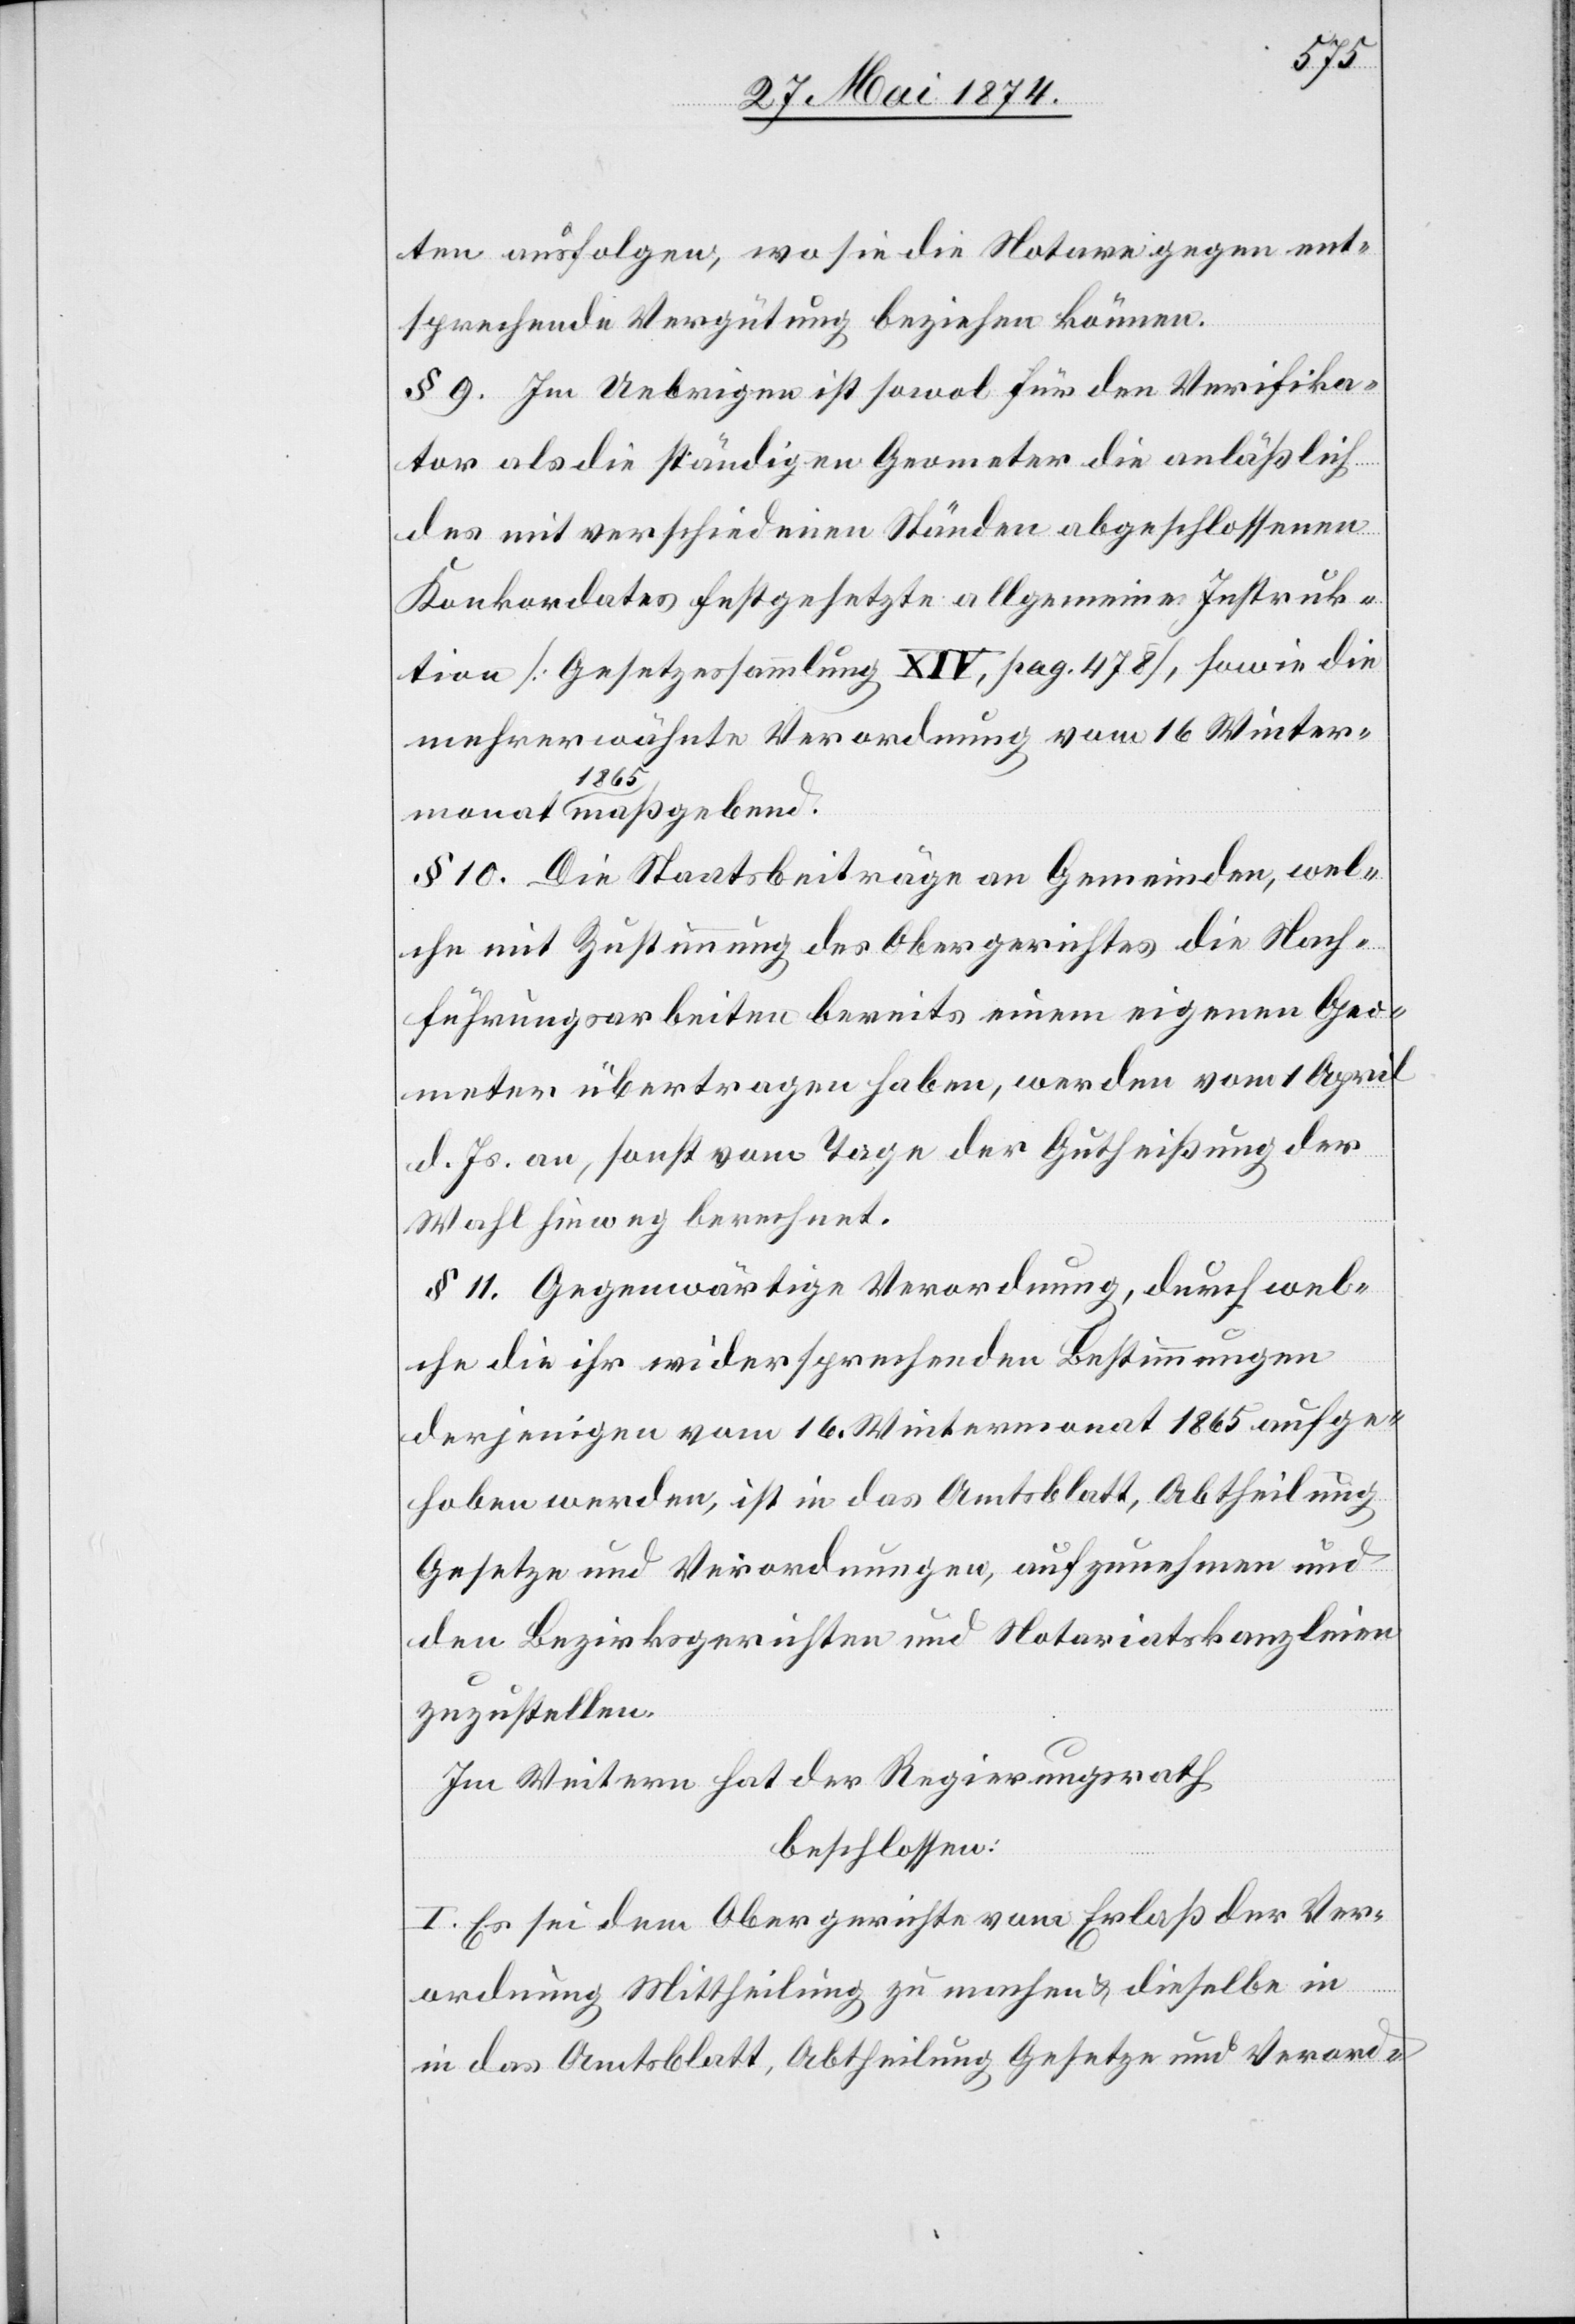
ten ausfolgen, wo sie die Notare gegen ent¬
nd.
sprechende Vergütung beziehen können.
§ 9. Im Uebrigen ist sowol für den Verifika¬
tor als die ständigen Geometer die anläßlich
des mit verschiedenen Ständen abgeschlossenen
Konkordates festgesetzte allgemeine Instruk¬
tion [Gesetzessammlung XIV, pag. 478], sowie die
mehrerwähnte Verordnung vom 16. Winter¬
1865
§ 10. Die Staatsbeiträge an Gemeinden, wel¬
che mit Zustimmung des Obergerichtes die Nach¬
führungsarbeiten bereits einem eigenen Geo¬
meter übertragen haben, werden vom 1. April
d. Js. an, sonst vom Tage der Gutheißung der
Wahl hinweg berechnet.
§ 11. Gegenwärtige Verordnung, durch wel¬
che die ihr widersprechenden Bestimmungen
derjenigen vom 16. Wintermonat 1865 aufge¬
hoben werden, ist in das Amtsblatt, Abtheilung
Gesetze und Verordnungen, aufzunehmen und
den Bezirksgerichten und Notariatskanzleien
zuzustellen.
Im Weitern hat der Regierungsrath
beschlossen:
I. Es sei dem Obergerichte vom Erlaß der Ver¬
ordnung Mittheilung zu machen u. dieselbe in
das Amtsblatt, Abtheilung Gesetze und Verord-